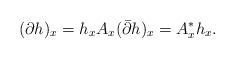
\begin{align*}(\partial h)_x=h_xA_x(\bar\partial h)_x=A_x^*h_x.\end{align*}